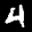
Label: 4